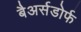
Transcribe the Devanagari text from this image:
बैअर्सडोर्फ